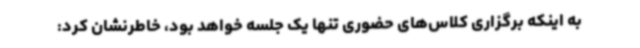
به اینکه برگزاری کلاس‌های حضوری تنها یک جلسه خواهد بود، خاطرنشان کرد: